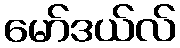
မော်ဒယ်လ်